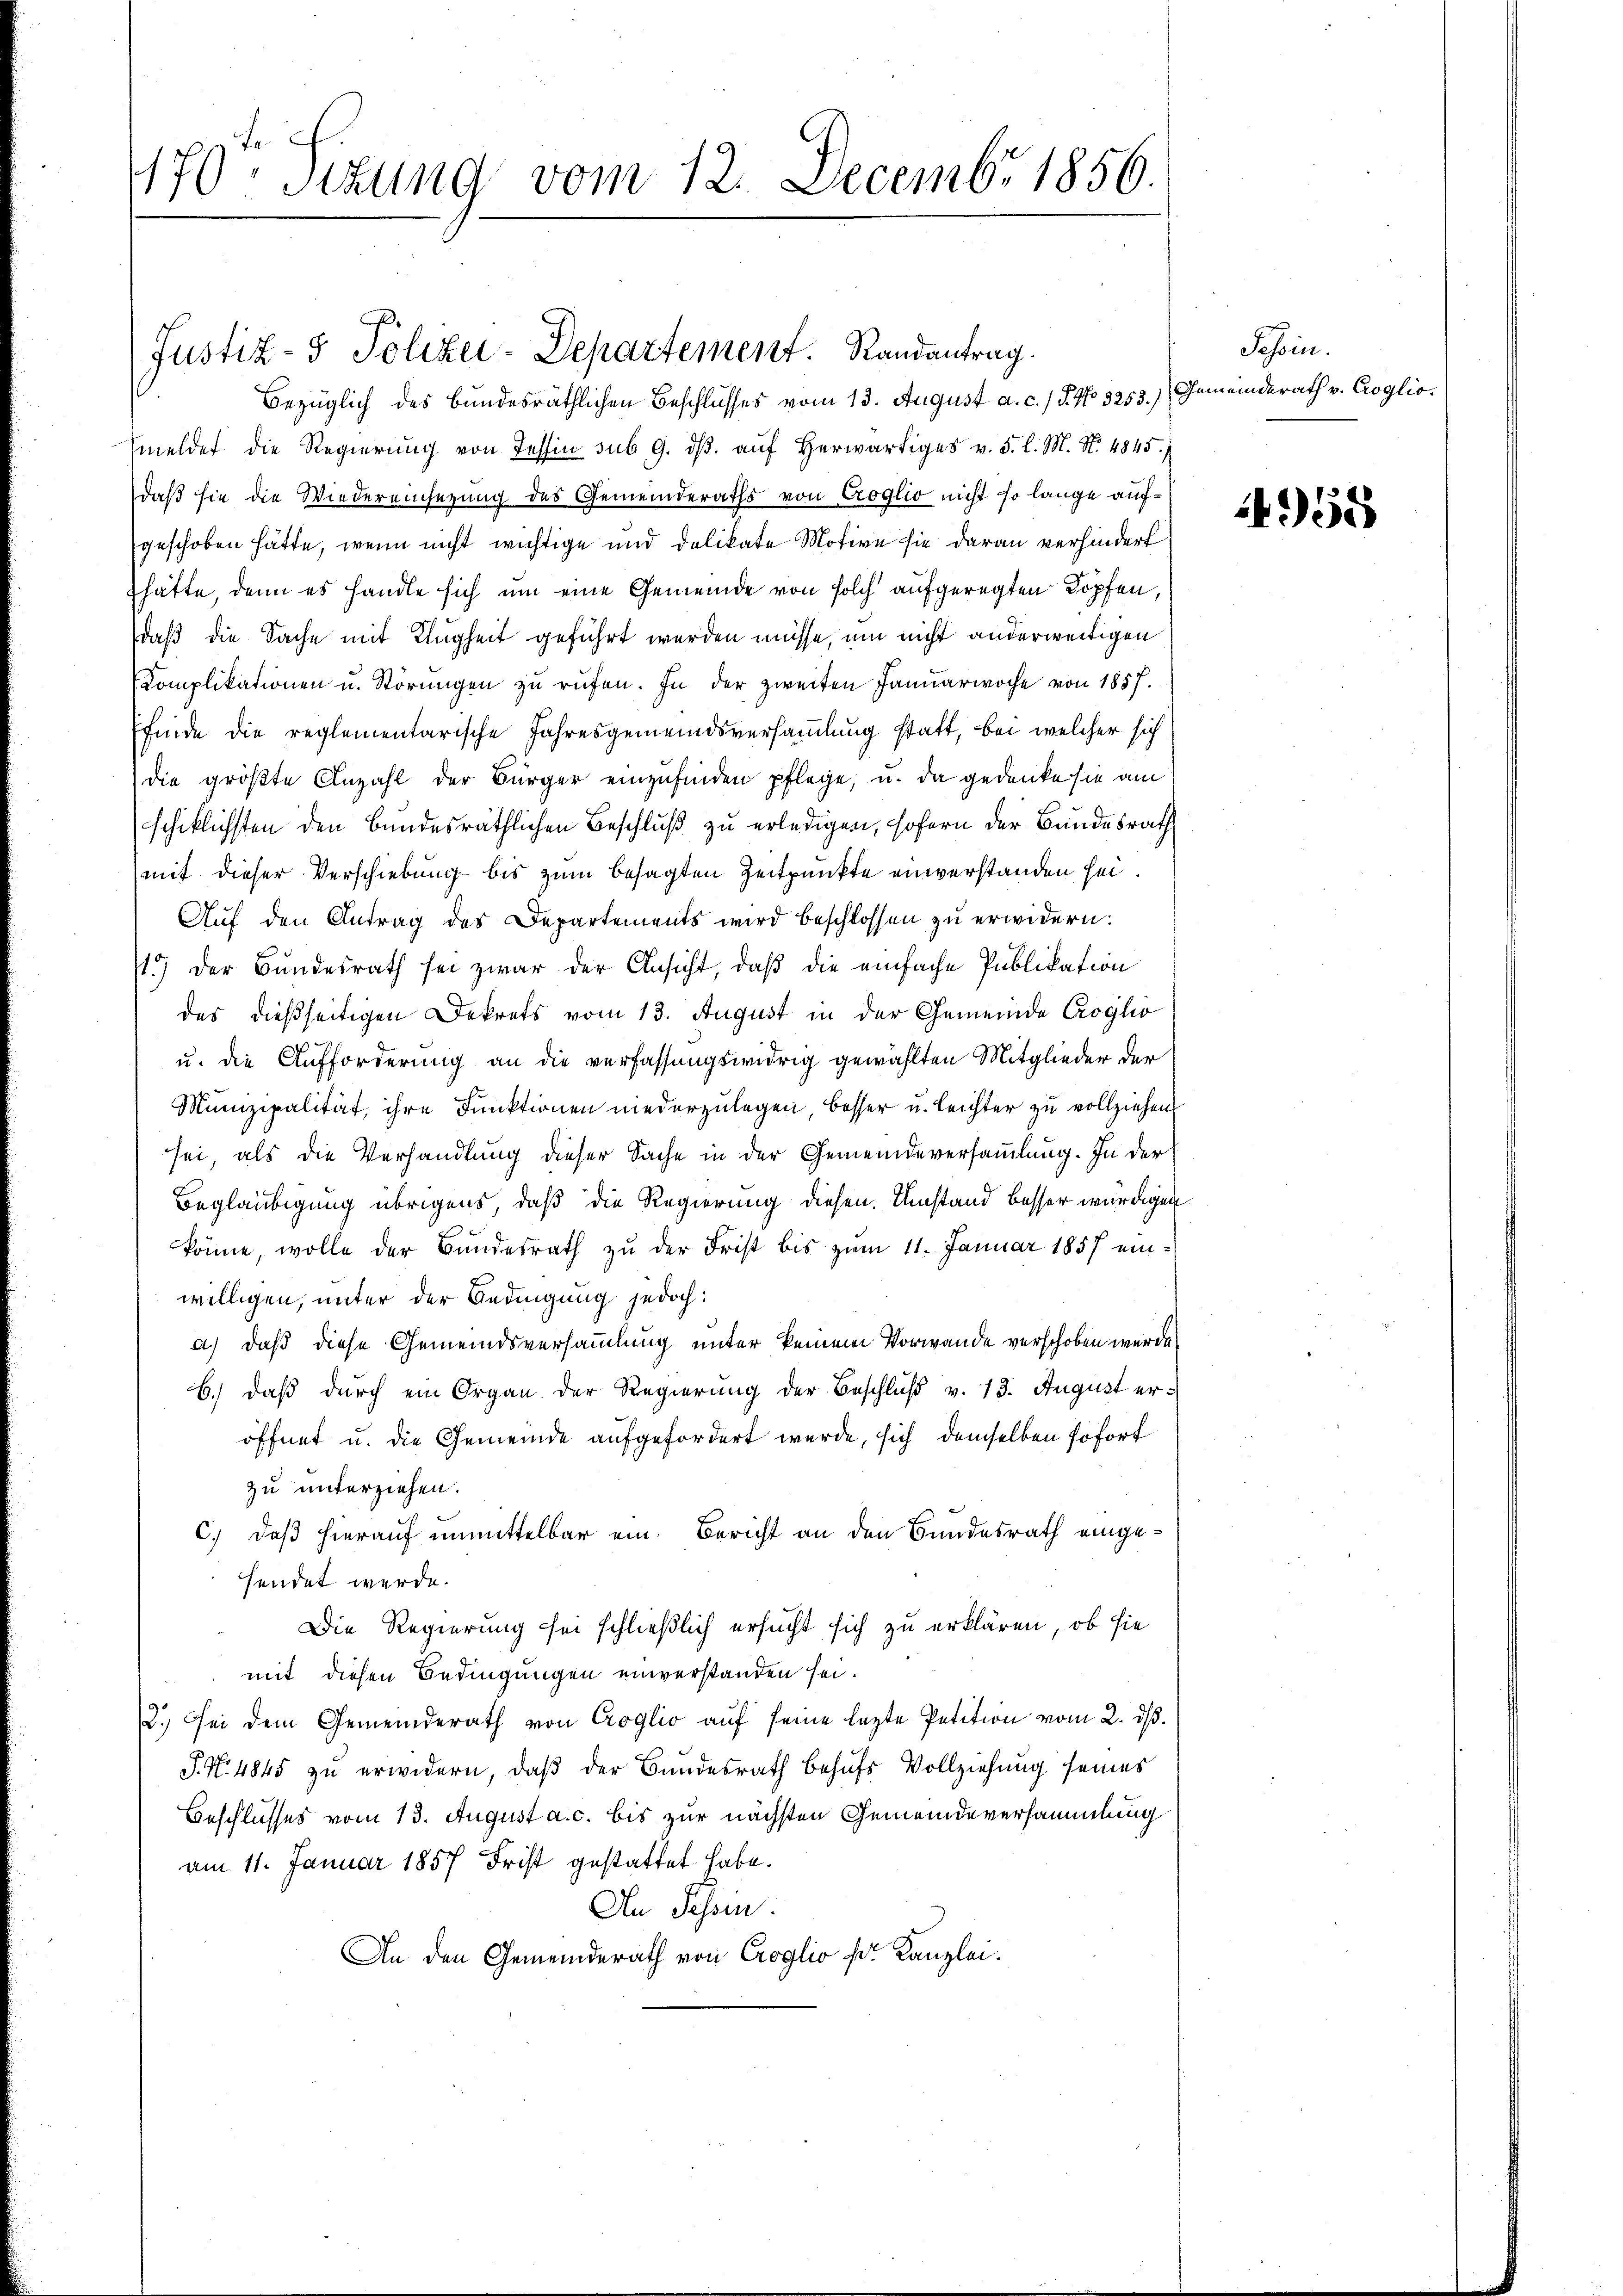
170. Sitzung vom 12. Decembr 1856.

Justiz- & Polizei-Departement. Randantrag.
Bezüglich des bundesräthlichen Beschlusses vom 13. August a. c. / 5. No 3253.) Gemeinderath v. Crogliomeldet die Regierŭng von Tessin sub 9. dβ aŭf herwärtiges v. 5. l. M. N. 4845.
daß sie die Wiedereinsezung des Gemeinderaths von Croglio nicht so lange aufgeschoben hätte, wenn nicht wichtige und delikate Motive sie daran verhindert
hätte, denn es handle sich um eine Gemeinde von solch aufgeregten Kopfen,
daß die Sache mit Klugheit geführt werden müsse, um nicht anderweitigen
Komplikationen u. Störŭngen zu rufen. In der zweiten Januarwoche von 1857.
Efinde die reglementarische Jahresgemeindsversammlung statt, bei welcher sich
die größte Anzahl der Bürger einzufinden pflege, u. da gedenke sie am
schiklichsten den Bundesräthlichen Beschluß zu erledigen, sofern der Bundesrath
mit dieser Verschiebung bis zum besagten Zeitpunkte einverstanden sei.
Auf den Antrag des Departements wird beschlossen zu erwidern.
1.) Der Bundesrath sei zwar der Ansicht, daß die einfache Publikation
des dießseitigen Dekrets vom 13. August in der Gemeinde Croglio
u. die Aufforderung an die verfassungswidrig gewählten Mitglieder der
Munizipalität, ihre Funktionen niederzulegen, besser u. leichter zu vollziehen
sei, als die Verhandlung dieser Sache in der Gemeindeversammlung. In der
Beglaubigung übrigens, daß die Regierung diesen Umstand besser würdigen
könne, wolle der Bundesrath zu der Frist bis zum 11. Januar 1857 einwilligen, unter der Bedingung jedoch:
a) daß diese Gemeindsversammlung unter keinem Vorwande verschoben werde
b.) daß durch ein Organ der Regierung der Beschluß v. 13. August eröffnet u. die Gemeinde aufgefordert werde, sich demselben sofort
zu unterziehen.
c.) daß hierauf unmittelbar ein. Bericht an den Bundesrath eingefendet werde.
Die Regierung sei schließlich ersucht sich zu erklären, ob sie
mit diesen Bedingungen einverstanden sei.
2.) Sei dem Gemeinderath von Croglio auf seine letzte Petition vom 2. dβ.
J. N. 4845 zu erwidern, daß der Bundesrath behufs Vollziehung seines
Beschlusses vom 13. August a. c. bis zur nächsten Gemeindeversammlung
am 11. Januar 1857 Frist gestattet habe.
An Schein.
An den Gemeinderath von Croglio pr. Kanzlei.

Schein.

958